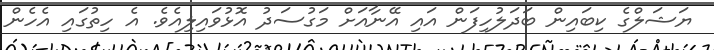
ޔަޝަލްގެ ކިބައިން ބަދަލުހިފަން އައި އޭނާއަށް މަގުސަދު އޮޅުވައިލިއެވެ. އެ ހިތުގައި އެހެން